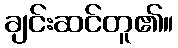
ချင်းဆင်တူ၏။